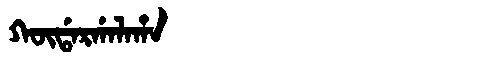
Manchu: ᡴᡡᡩᠠᡵᡤᠠᠯᠠᡥᠠ
Romanization: KŪDARGALAHA